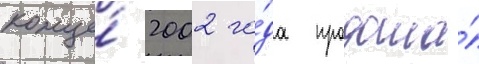
конце́ 2002 го́да продала́